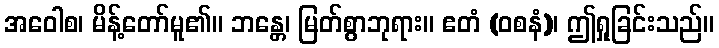
အဝေါစ၊ မိန့်တော်မူ၏။ ဘန္တေ၊ မြတ်စွာဘုရား။ ဧတံ (ဝစနံ)၊ ဤရှုခြင်းသည်။